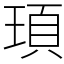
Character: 頊